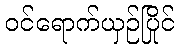
ဝင်ရောက်ယှဉ်ပြိုင်